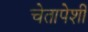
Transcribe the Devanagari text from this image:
चेतापेशीं